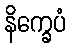
နိက္ခေပံ